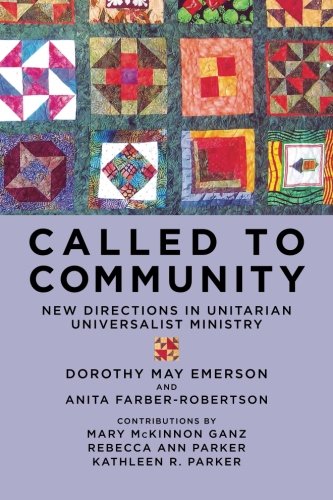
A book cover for Called to Community: New Directions in Unitarian Universalist Ministry; Dorothy May Emerson; Religion & Spirituality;